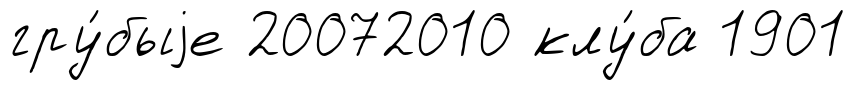
гру́быjе 20072010 клу́ба 1901